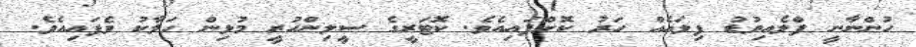
ހުންނާނީ ފްލެއިވުޑު ފިލައެއް ހަރު ކޮށްފައިއެވެ. ކޮޓަރީގެ ސީލިންހުރީ މުޅިން ހަލާކު ވެފައިއެވެ.